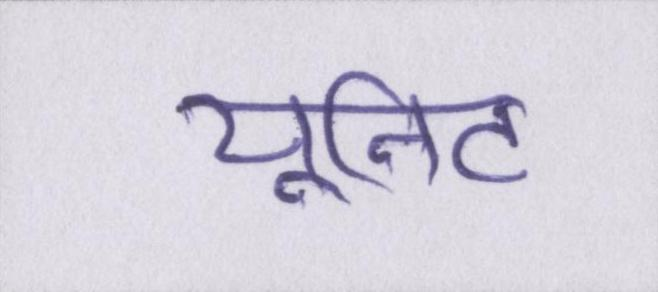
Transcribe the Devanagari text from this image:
यूनिट